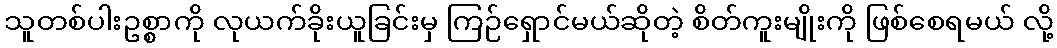
သူတစ်ပါးဥစ္စာကို လုယက်ခိုးယူခြင်းမှ ကြဉ်ရှောင်မယ်ဆိုတဲ့ စိတ်ကူးမျိုးကို ဖြစ်စေရမယ် လို့